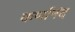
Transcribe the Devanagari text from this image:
कर्णानंद